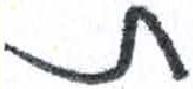
אות: ת